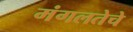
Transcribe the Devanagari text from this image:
मंगलतेचे